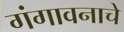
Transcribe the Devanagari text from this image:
गंगावनाचे